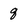
Character: q